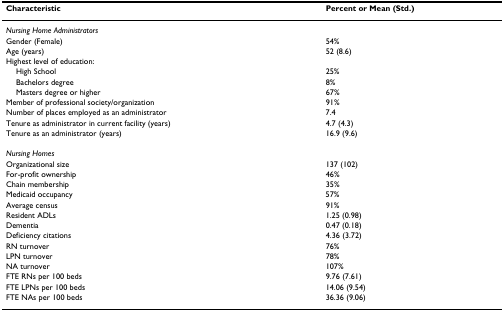
| Characteristic | Percent or Mean (Std.) |
 | --- | --- |
 | Nursing Home Administrators |  |
 | Gender (Female) | 54% |
 | Age (years) | 52 (8.6) |
 | Highest level of education: |  |
 | High School | 25% |
 | Bachelors degree | 8% |
 | Masters degree or higher | 67% |
 | Member of professional society/organization | 91% |
 | Number of places employed as an administrator | 7.4 |
 | Tenure as administrator in current facility (years) | 4.7 (4.3) |
 | Tenure as an administrator (years) | 16.9 (9.6) |
 | Nursing Homes |  |
 | Organizational size | 137 (102) |
 | For-profit ownership | 46% |
 | Chain membership | 35% |
 | Medicaid occupancy | 57% |
 | Average census | 91% |
 | Resident ADLs | 1.25 (0.98) |
 | Dementia | 0.47 (0.18) |
 | Deficiency citations | 4.36 (3.72) |
 | RN turnover | 76% |
 | LPN turnover | 78% |
 | NA turnover | 107% |
 | FTE RNs per 100 beds | 9.76 (7.61) |
 | FTE LPNs per 100 beds | 14.06 (9.54) |
 | FTE NAs per 100 beds | 36.36 (9.06) |